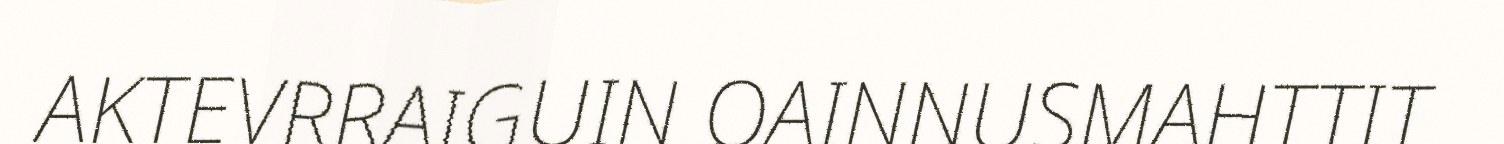
AKTEVRRAIGUIN OAINNUSMAHTTIT